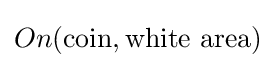
On({\text{coin}},{\text{white area}})